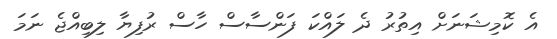
އެ ކޮމިޝަނަށް އިތުރު ދެ ލައްކަ ފަންސާސް ހާސް ރުފިޔާ ލިބިއްޖެ ނަމަ